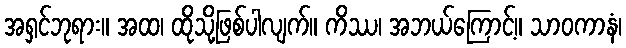
အရှင်ဘုရား။ အထ၊ ထိုသို့ဖြစ်ပါလျက်။ ကိဿ၊ အဘယ်ကြောင့်။ သာဝကာနံ၊